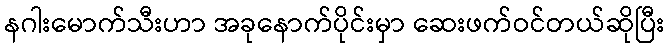
နဂါးမောက်သီးဟာ အခုနောက်ပိုင်းမှာ ဆေးဖက်ဝင်တယ်ဆိုပြီး